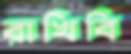
রাখিবি